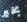
بخير